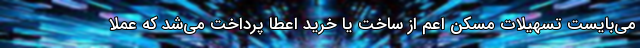
می‌بایست تسهیلات مسکن اعم از ساخت یا خرید اعطا پرداخت می‌شد که عملاً